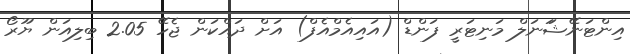
އިންޓަނޭޝަަނަލް މަނިޓަރީ ފަންޑް (އައިއެމްއެފް) އަށް ދައްކަން ޖެހޭ 2.05 ބިލިއަން ޔޫރޯ